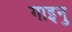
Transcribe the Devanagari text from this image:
गाइनु